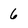
Character: 6